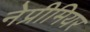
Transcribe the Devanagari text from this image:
नेप्रीमियर